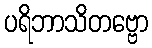
ပရိဘာသိတဗ္ဗော